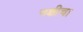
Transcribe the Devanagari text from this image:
नक्षीचा